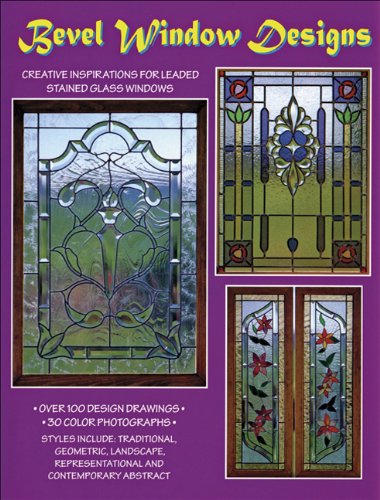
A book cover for Bevel Window Designs - 100 Stained Glass Patterns; Randy Wardell & Judy Huffman; Crafts, Hobbies & Home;